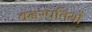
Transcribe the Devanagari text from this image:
वनस्‍पतियों